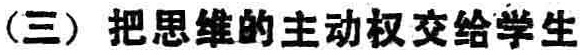
(三) 把思维的主动权交给学生